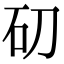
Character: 𥐛